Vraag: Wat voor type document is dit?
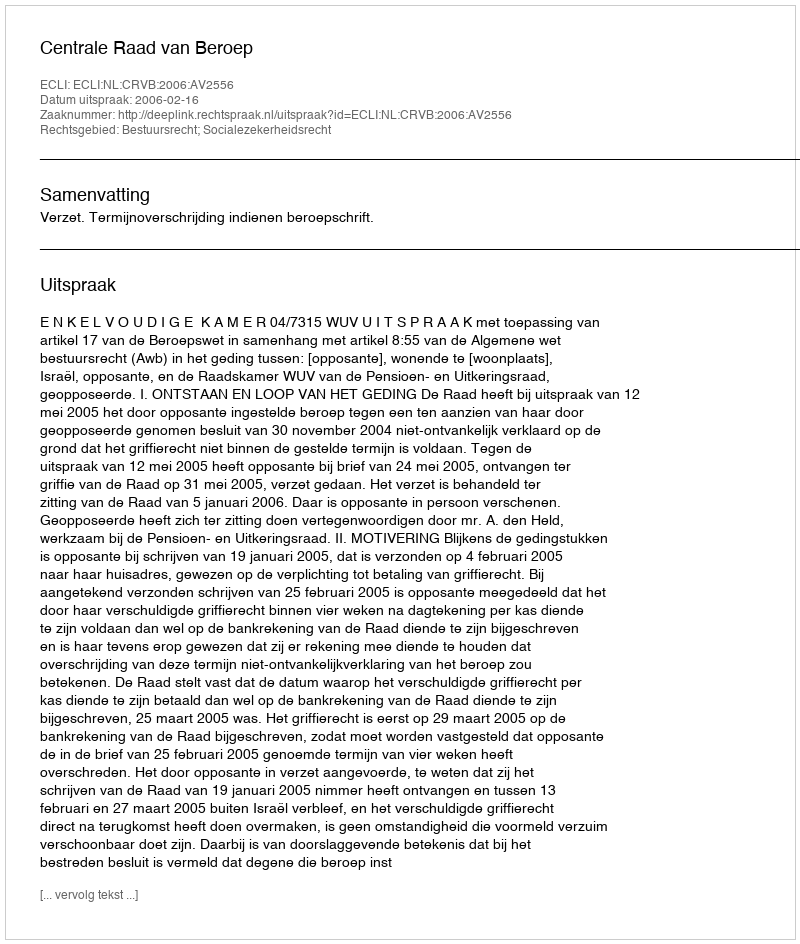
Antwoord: Uitspraak